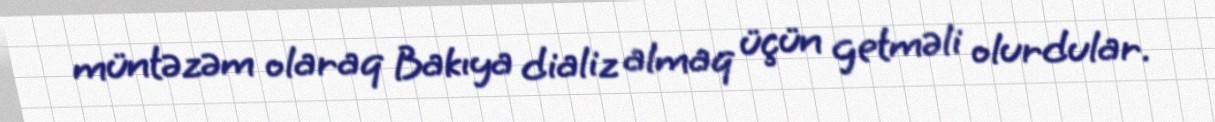
müntəzəm olaraq Bakıya dializ almaq üçün getməli olurdular.